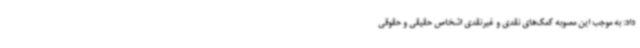
داد: به موجب این مصوبه کمک‌های نقدی و غیرنقدی اشخاص حقیقی و حقوقی